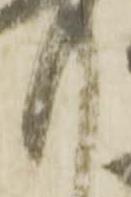
惶